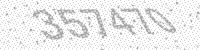
Solution: 357470